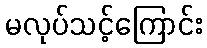
မလုပ်သင့်ကြောင်း